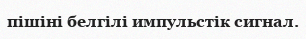
пішіні белгілі импульстік сигнал.